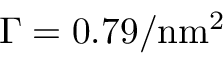
\Gamma = 0 . 7 9 / \mathrm { n m } ^ { 2 }